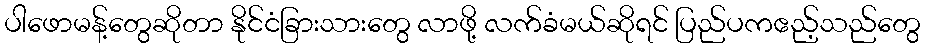
ပါဖောမန့်တွေဆိုတာ နိုင်ငံခြားသားတွေ လာဖို့ လက်ခံမယ်ဆိုရင် ပြည်ပကဧည့်သည်တွေ